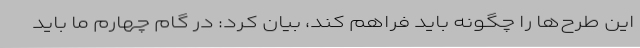
این طرح‌ها را چگونه باید فراهم کند، بیان کرد: در گام چهارم ما باید